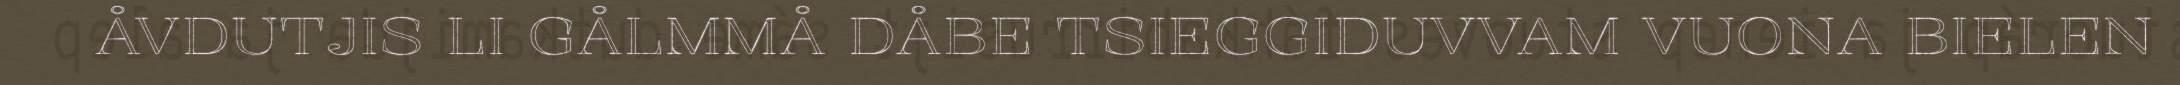
ÅVDUTJIS LI GÅLMMÅ DÅBE TSIEGGIDUVVAM VUONA BIELEN